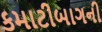
કમાટીબાગની